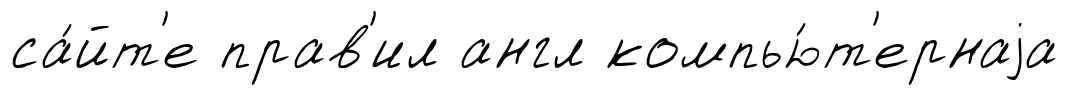
са́йт'е прав'ил англ компью́т'ернаjа